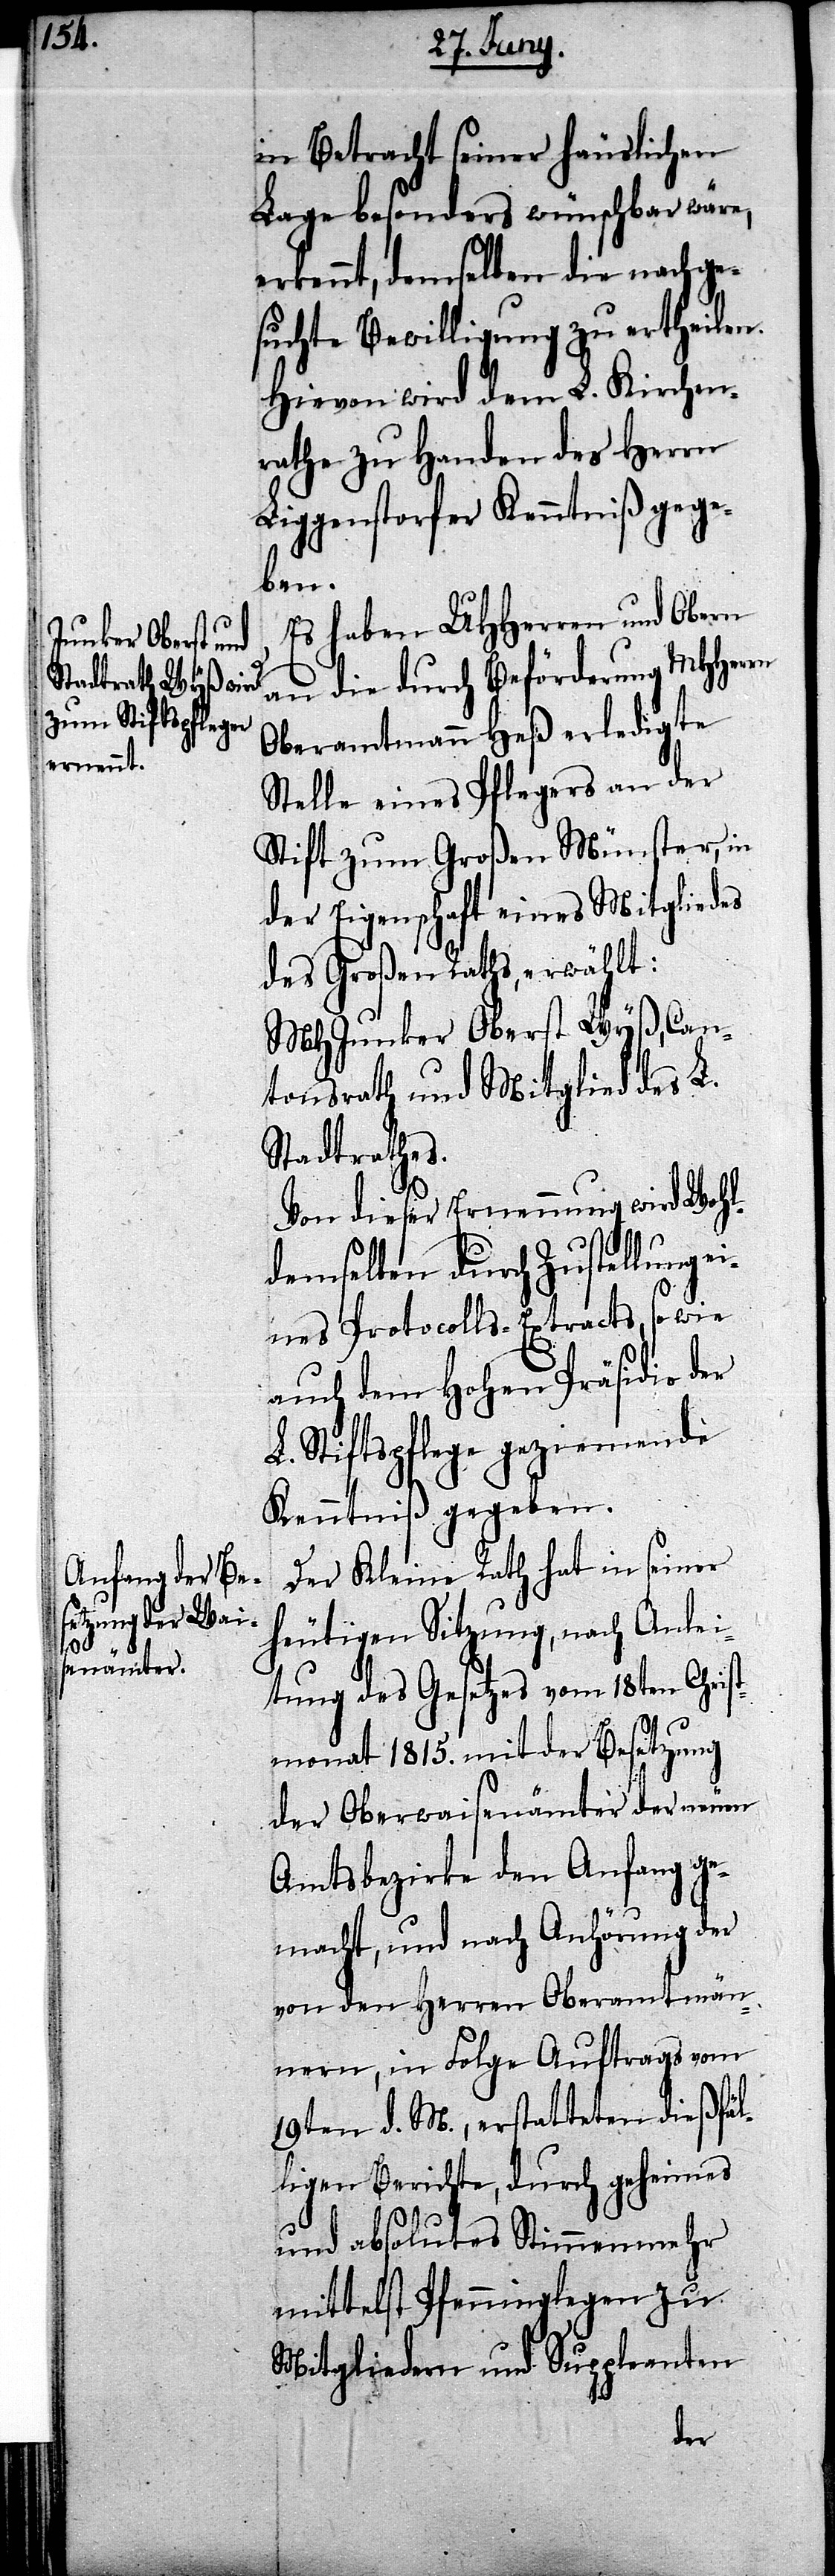
in Betracht seiner häuslichen
Lage besonders wünschbar wäre,
erkennt, demselben die nachge¬
suchte Bewilligung zu ertheilen.
Hievon wird dem L. Kirchen¬
rathe zu Handen des Herrn
Liggenstorfer Kenntniß gege¬
ben.
Es haben UHHerren und Obern
an die durch Beförderung MHHerren
Oberamtmann Heß erledigte
Stelle eines Pflegers an der
Stift zum Großen Münster, in
der Eigenschaft eines Mitgliedes
des Großen Raths, erwählt:
MHJunker Oberst Wyß, Can¬
tonsrath und Mitglied des L.
Stadtrathes.
Von dieser Ernennung wird Wohl¬
demselben durch Zustellung
eines Protocolls-Extracts, so wie
auch dem Hohen Präsidio der
L. Stiftspflege geziemende
Kenntniß gegeben.
Der Kleine Rath hat in seiner
heutigen Sitzung, nach Anlei¬
tung des Gesetzes vom 18ten Christ¬
monat 1815. mit der Besetzung
der Oberwaisenämter der neuen
Amtsbezirke den Anfang ge¬
macht, und nach Anhörung der
von den Herren Oberamtmän¬
nern, in Folge Auftrags vom
19ten d. M., erstatteten dießfäl¬
ligen Berichte, durch geheimes
und absolutes Stimmenmehr
mittelst Pfenninglegen zu
Mitgliedern und Suppleanten